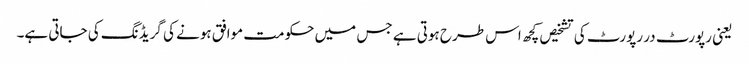
یعنی رپورٹ در رپورٹ کی تشخیص کچھ اس طرح ہوتی ہے جس میں حکومت موافق ہونے کی گریڈنگ کی جاتی ہے۔